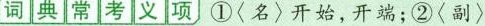
词典常考义项①〈名〉开始，开端；②〈副〉